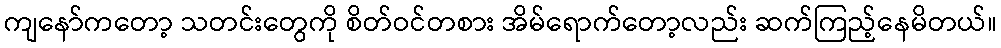
ကျနော်ကတော့ သတင်းတွေကို စိတ်ဝင်တစား အိမ်ရောက်တော့လည်း ဆက်ကြည့်နေမိတယ်။